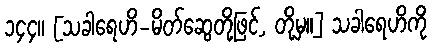
၁၄၄။ [သခါရေဟိ-မိတ်ဆွေတို့ဖြင့်, တို့မှ။] သခါရေဟိကို